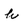
Character: h